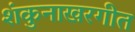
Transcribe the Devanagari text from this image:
शंकुनाखरगीत